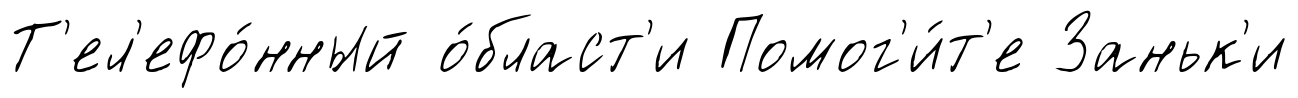
Т'ел'ефо́нный о́бласт'и Помог'и́т'е Заньк'и